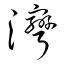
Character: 灣